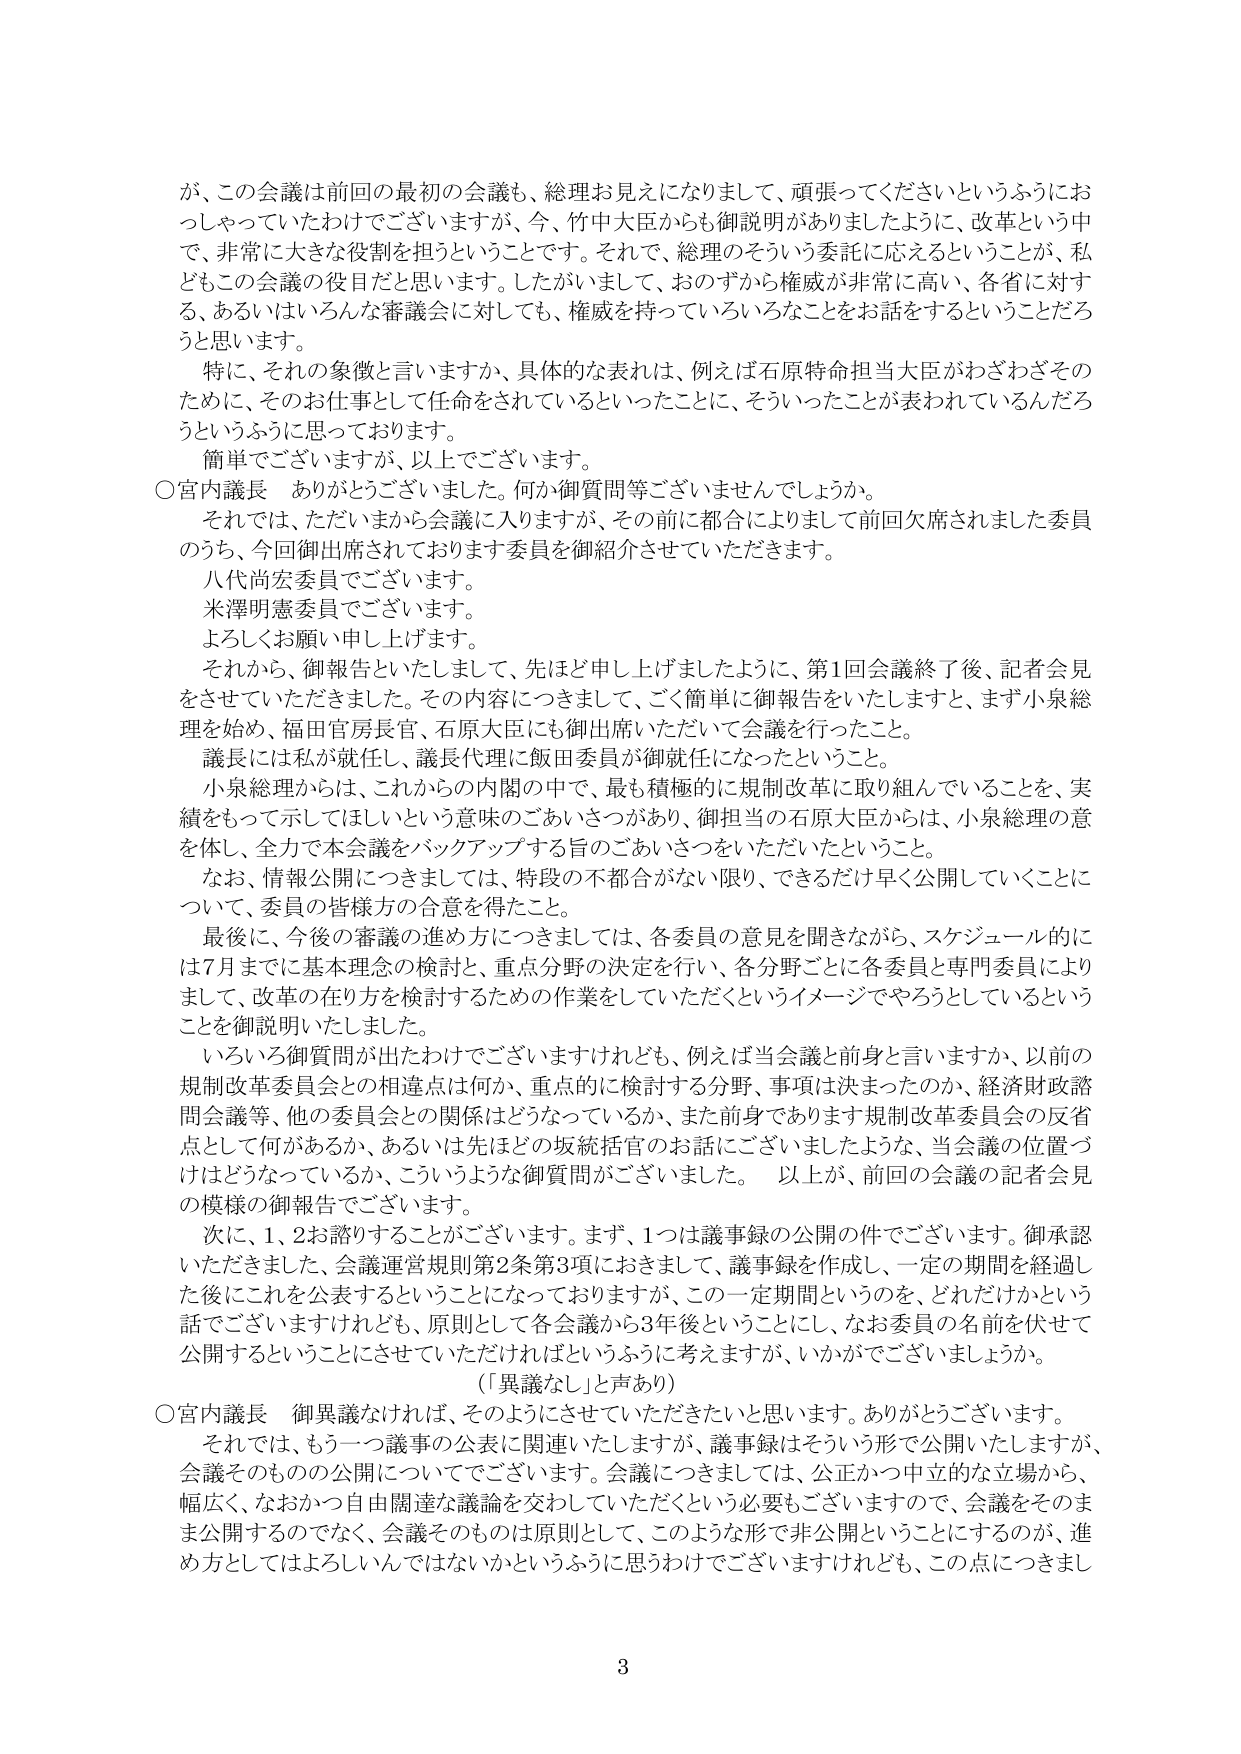
が、この会議は前回の最初の会議も、総理お見えになりまして、頑張ってくださいというふうにおっしゃっていたわけでございますが、今、竹中大臣からも御説明がありましたように、改革という中で、非常に大きな役割を担うということです。それで、総理のそういう委託に応えるということが、私どもこの会議の役目だと思います。したがいまして、おのずから権威が非常に高い、各省に対する、あるいはいろんな審議会に対しても、権威を持っていろいろなことをお話をするということだろうと思います。

特に、それの象徴と言いますか、具体的な表れは、例えば石原特命担当大臣がわざわざそのため、そのお仕事として任命をされているといったことに、そういったことが表われているんだろうというふうに思っております。

簡単でございますが、以上でございます。

○宮内議長　ありがとうございます。何か御質問等ございませんでしょうか。

それでは、ただいまから会議に入りますが、その前に都合によりまして前回欠席されました委員のうち、今回御出席されております委員を御紹介させていただきます。

八代尚宏委員でございます。

米澤明憲委員でございます。

よろしくお願い申し上げます。

それから、御報告といたしまして、先ほど申し上げましたように、第1回会議終了後、記者会見をさせていただきました。その内容につきまして、ごく簡単に御報告をいたしますと、まず小泉総理を始め、福田官房長官、石原大臣にも御出席いただいて会議を行ったこと。

議長には私が就任し、議長代理に飯田委員が御就任になったということ。

小泉総理からは、これからの内閣の中で、最も積極的に規制改革に取り組んでいることを、実績をもって示してほしいという意味のごあいさつがあり、御担当の石原大臣からは、小泉総理の意を体し、全力で本会議をバックアップする旨のごあいさつをいただいたということ。

なお、情報公開につきましては、特段の不都合がない限り、できるだけ早く公開していくことについて、委員の皆様方の合意を得たこと。

最後に、今後の審議の進め方につきましては、各委員の意見を聞きながら、スケジュール的には7月までに基本理念の検討と、重点分野の決定を行い、各分野ごとに各委員と専門委員によりまして、改革の在り方を検討するための作業をしていただくというイメージでやろうとしているということを御説明いたしました。

いろいろ御質問が出たわけでございますけれども、例えば当会議と前身と言いますか、以前の規制改革委員会との相違点は何か、重点的に検討する分野、事項は決まったのか、経済財政諮問会議等、他の委員会との関係はどうなっているか、また前身であります規制改革委員会の反省点として何があるか、あるいは先ほどの坂統括官のお話にございましたような、当会議の位置づけはどうなっているか、こういうような御質問がございました。以上が、前回の会議の記者会見の模様の御報告でございます。

次に、1、2お諮りすることがございます。まず、1つは議事録の公開の件でございます。御承認いただきました、会議運営規則第2条第3項におきまして、議事録を作成し、一定の期間を経過した後にこれを公表するということになっておりますが、この一定期間というのを、どれだけかという話でございますけれども、原則として各会議から3年後ということにし、なお委員の名前を伏せて公開するということにさせていただければというふうに考えますが、いかがでございましょうか。

（「異議なし」と声あり）

○宮内議長　御異議なければ、そのようにさせていただきたいと思います。ありがとうございます。

それでは、もう一つ議事の公表に関連いたしますが、議事録はそういう形で公開いたしますが、会議そのものの公開についてでございます。会議につきましては、公正かつ中立的な立場から、幅広く、なおかつ自由闊達な議論を交わしていただくという必要もございますので、会議をそのまま公開するのではなく、会議そのものは原則として、このような形で非公開ということにするのが、進め方としてはよろしいんではないかというふうに思うわけでございますけれども、この点につきまし

3